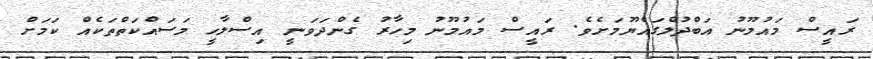
ރައީސް މައުމޫނު އަބްދުލްގައްޔޫމަށެވެ. ރައީސް މައުމޫނު މިހާރު ގެންދަވަނީ އިސްލާހީ މަސައްކަތްތަކެއް ކަމަށް